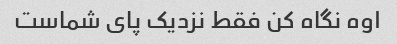
اوه نگاه کن فقط نزدیک پای شماست